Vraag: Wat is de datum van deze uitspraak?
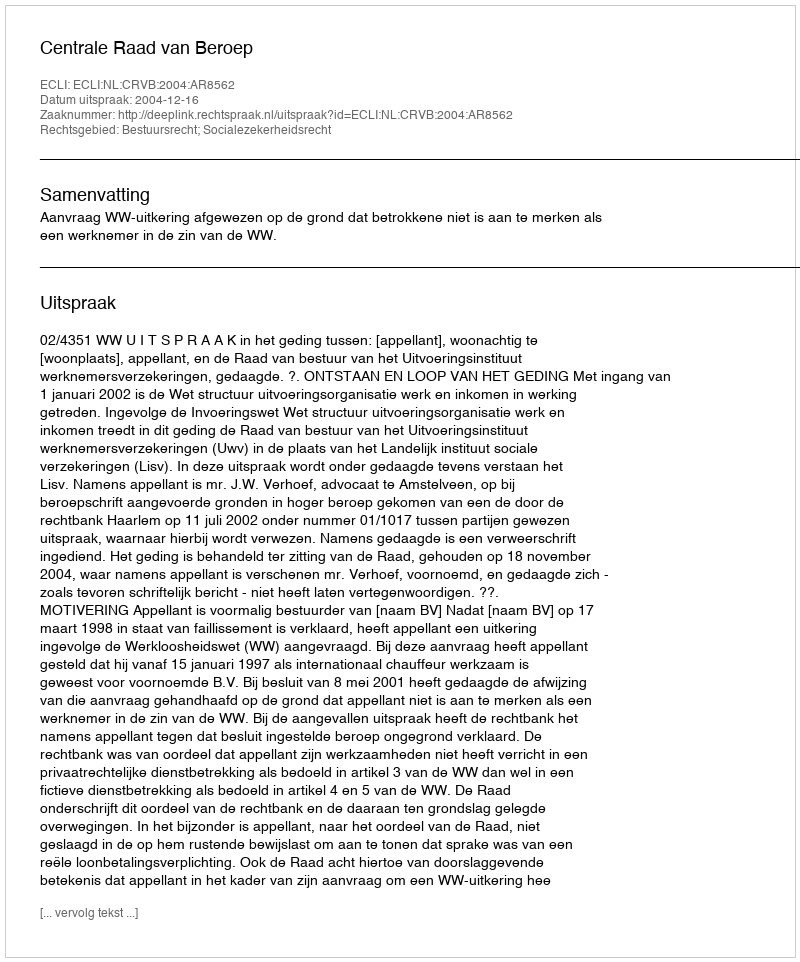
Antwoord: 2004-12-16